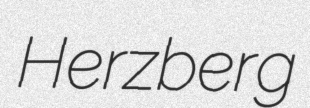
Herzberg